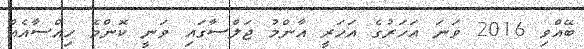
ބޭއްވި 2016 ވަނަ އަހަރުގެ އަހަރީ އާންމު ޖަލްސާގައި ވަނީ ކޮންމެ ހިއްސާއެއް